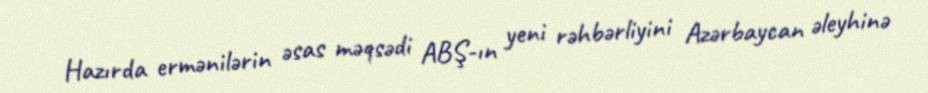
Hazırda ermənilərin əsas məqsədi ABŞ-ın yeni rəhbərliyini Azərbaycan əleyhinə